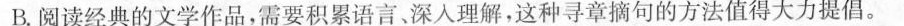
B.阅读经典的文学作品，需要积累语言、深入理解，这种寻章摘句的方法值得大力提倡。